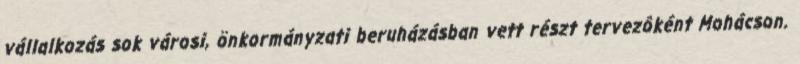
vállalkozás sok városi, önkormányzati beruházásban vett részt tervezôként Mohácson.